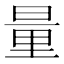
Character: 量